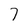
Character: 7